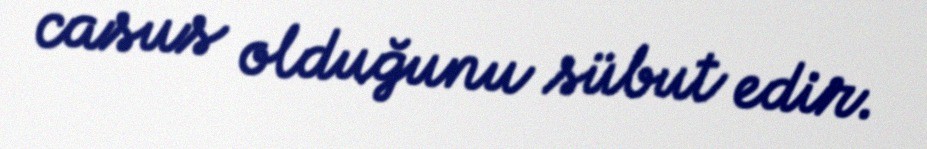
casus olduğunu sübut edir.